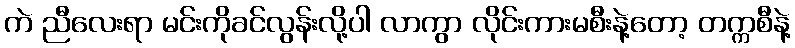
ကဲ ညီလေးရာ မင်းကိုခင်လွန်းလို့ပါ လာကွာ လိုင်းကားမစီးနဲ့တော့ တက္ကစီနဲ့